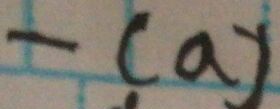
- ( a )